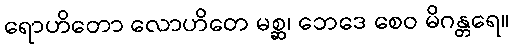
ရောဟိတော လောဟိတေ မစ္ဆ၊ ဘေဒေ စေဝ မိဂန္တရေ။